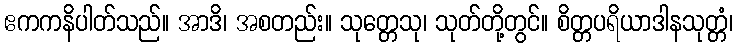
ဧကကနိပါတ်သည်။ အာဒိ၊ အစတည်း။ သုတ္တေသု၊ သုတ်တို့တွင်။ စိတ္တပရိယာဒါနသုတ္တံ၊